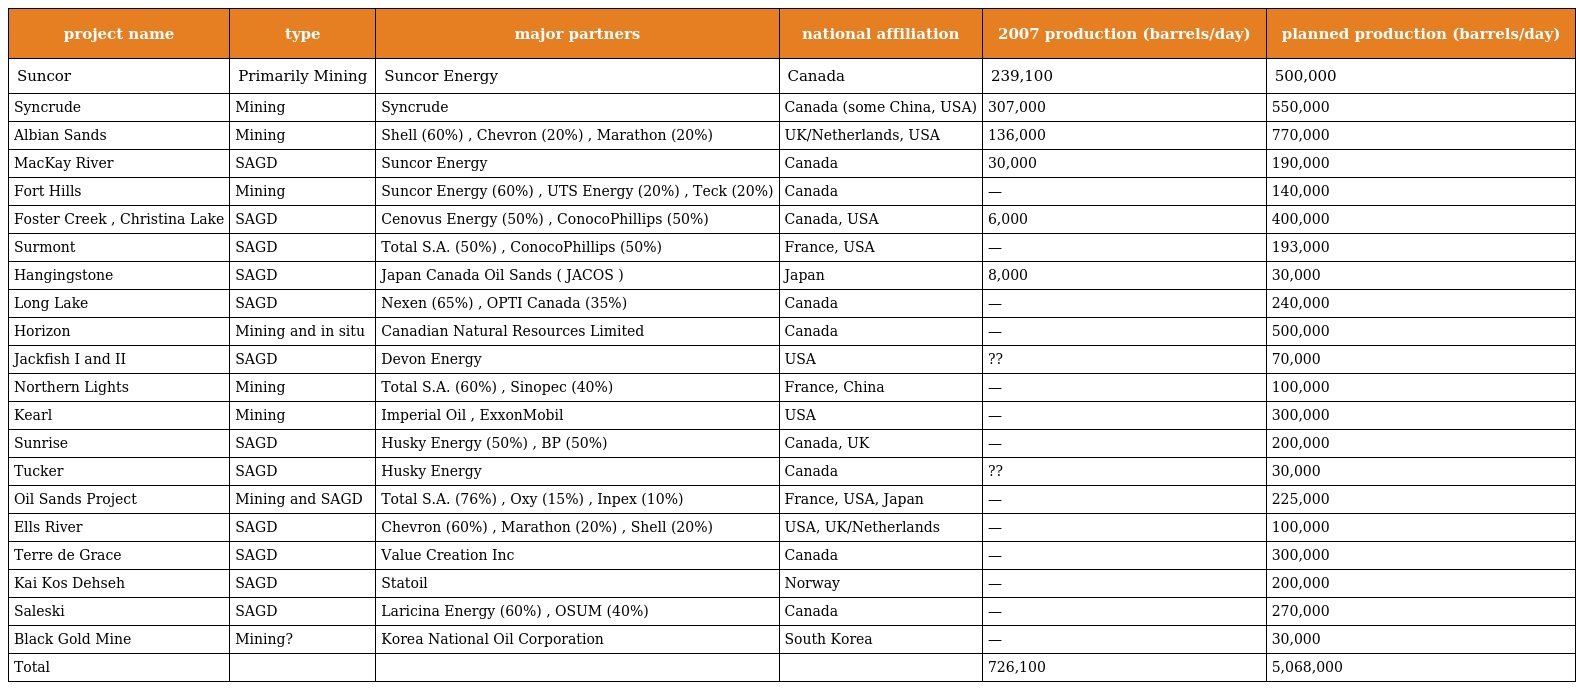
| project name | type | major partners | national affiliation | 2007 production (barrels/day) | planned production (barrels/day) |
 | --- | --- | --- | --- | --- | --- |
 | Suncor | Primarily Mining | Suncor Energy | Canada | 239,100 | 500,000 |
 | Syncrude | Mining | Syncrude | Canada (some China, USA) | 307,000 | 550,000 |
 | Albian Sands | Mining | Shell (60%) , Chevron (20%) , Marathon (20%) | UK/Netherlands, USA | 136,000 | 770,000 |
 | MacKay River | SAGD | Suncor Energy | Canada | 30,000 | 190,000 |
 | Fort Hills | Mining | Suncor Energy (60%) , UTS Energy (20%) , Teck (20%) | Canada | — | 140,000 |
 | Foster Creek , Christina Lake | SAGD | Cenovus Energy (50%) , ConocoPhillips (50%) | Canada, USA | 6,000 | 400,000 |
 | Surmont | SAGD | Total S.A. (50%) , ConocoPhillips (50%) | France, USA | — | 193,000 |
 | Hangingstone | SAGD | Japan Canada Oil Sands ( JACOS ) | Japan | 8,000 | 30,000 |
 | Long Lake | SAGD | Nexen (65%) , OPTI Canada (35%) | Canada | — | 240,000 |
 | Horizon | Mining and in situ | Canadian Natural Resources Limited | Canada | — | 500,000 |
 | Jackfish I and II | SAGD | Devon Energy | USA | ?? | 70,000 |
 | Northern Lights | Mining | Total S.A. (60%) , Sinopec (40%) | France, China | — | 100,000 |
 | Kearl | Mining | Imperial Oil , ExxonMobil | USA | — | 300,000 |
 | Sunrise | SAGD | Husky Energy (50%) , BP (50%) | Canada, UK | — | 200,000 |
 | Tucker | SAGD | Husky Energy | Canada | ?? | 30,000 |
 | Oil Sands Project | Mining and SAGD | Total S.A. (76%) , Oxy (15%) , Inpex (10%) | France, USA, Japan | — | 225,000 |
 | Ells River | SAGD | Chevron (60%) , Marathon (20%) , Shell (20%) | USA, UK/Netherlands | — | 100,000 |
 | Terre de Grace | SAGD | Value Creation Inc | Canada | — | 300,000 |
 | Kai Kos Dehseh | SAGD | Statoil | Norway | — | 200,000 |
 | Saleski | SAGD | Laricina Energy (60%) , OSUM (40%) | Canada | — | 270,000 |
 | Black Gold Mine | Mining? | Korea National Oil Corporation | South Korea | — | 30,000 |
 | Total |  |  |  | 726,100 | 5,068,000 |